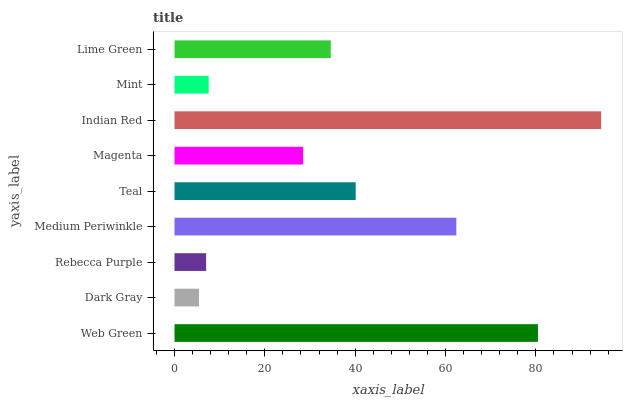
| yaxis_label | bars |
 | --- | --- |
 | Web Green | 80.5 |
 | Dark Gray | 5.42 |
 | Rebecca Purple | 7 |
 | Medium Periwinkle | 62.4 |
 | Teal | 40.1 |
 | Magenta | 28.5 |
 | Indian Red | 94.4 |
 | Mint | 7.56 |
 | Lime Green | 34.6 |